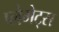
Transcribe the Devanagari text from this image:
प्लेमेट्स